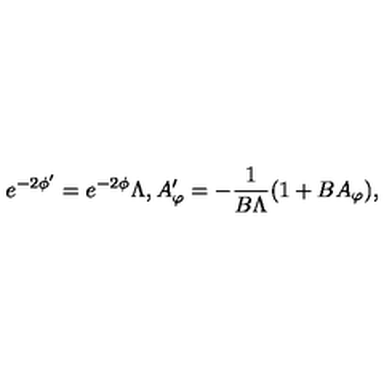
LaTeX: e ^ { - 2 \phi ^ { \prime } } = e ^ { - 2 \phi } \Lambda , A _ { \varphi } ^ { \prime } = - \frac { 1 } { B \Lambda } ( 1 + B A _ { \varphi } ) ,